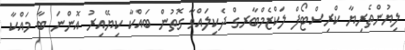
ލިޔުންތެރިޔާ ކްރިސްޓޯފް ލަކްޒެމްބާރގް ދެކިލައްވާ ގޮތުން ބައްކާ ކިޔޭއިރު އޮންނަ ބާ މައްކާ